Senior Leaving Certificate Examination (including Day School Certificate (Higher) General paper), 1949
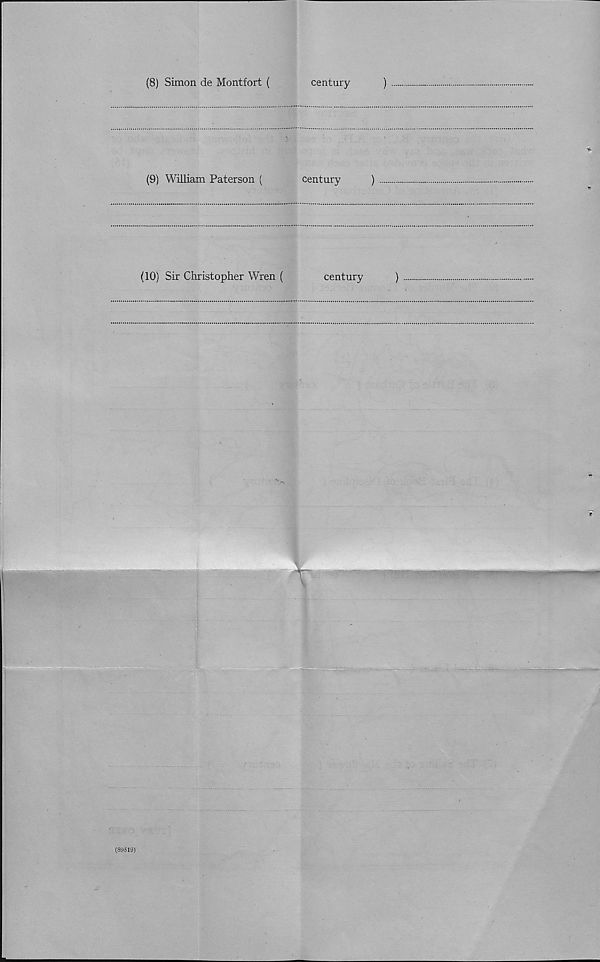
(8) Simon de Montfort (
century
)
(9) William Paterson (
century
)